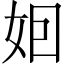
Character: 𡛸